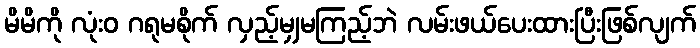
မိမိကို လုံးဝ ဂရုမစိုက် လှည့်မျှမကြည့်ဘဲ လမ်းဖယ်ပေးထားပြီးဖြစ်လျက်